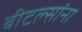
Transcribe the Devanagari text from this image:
बीटल्सांना